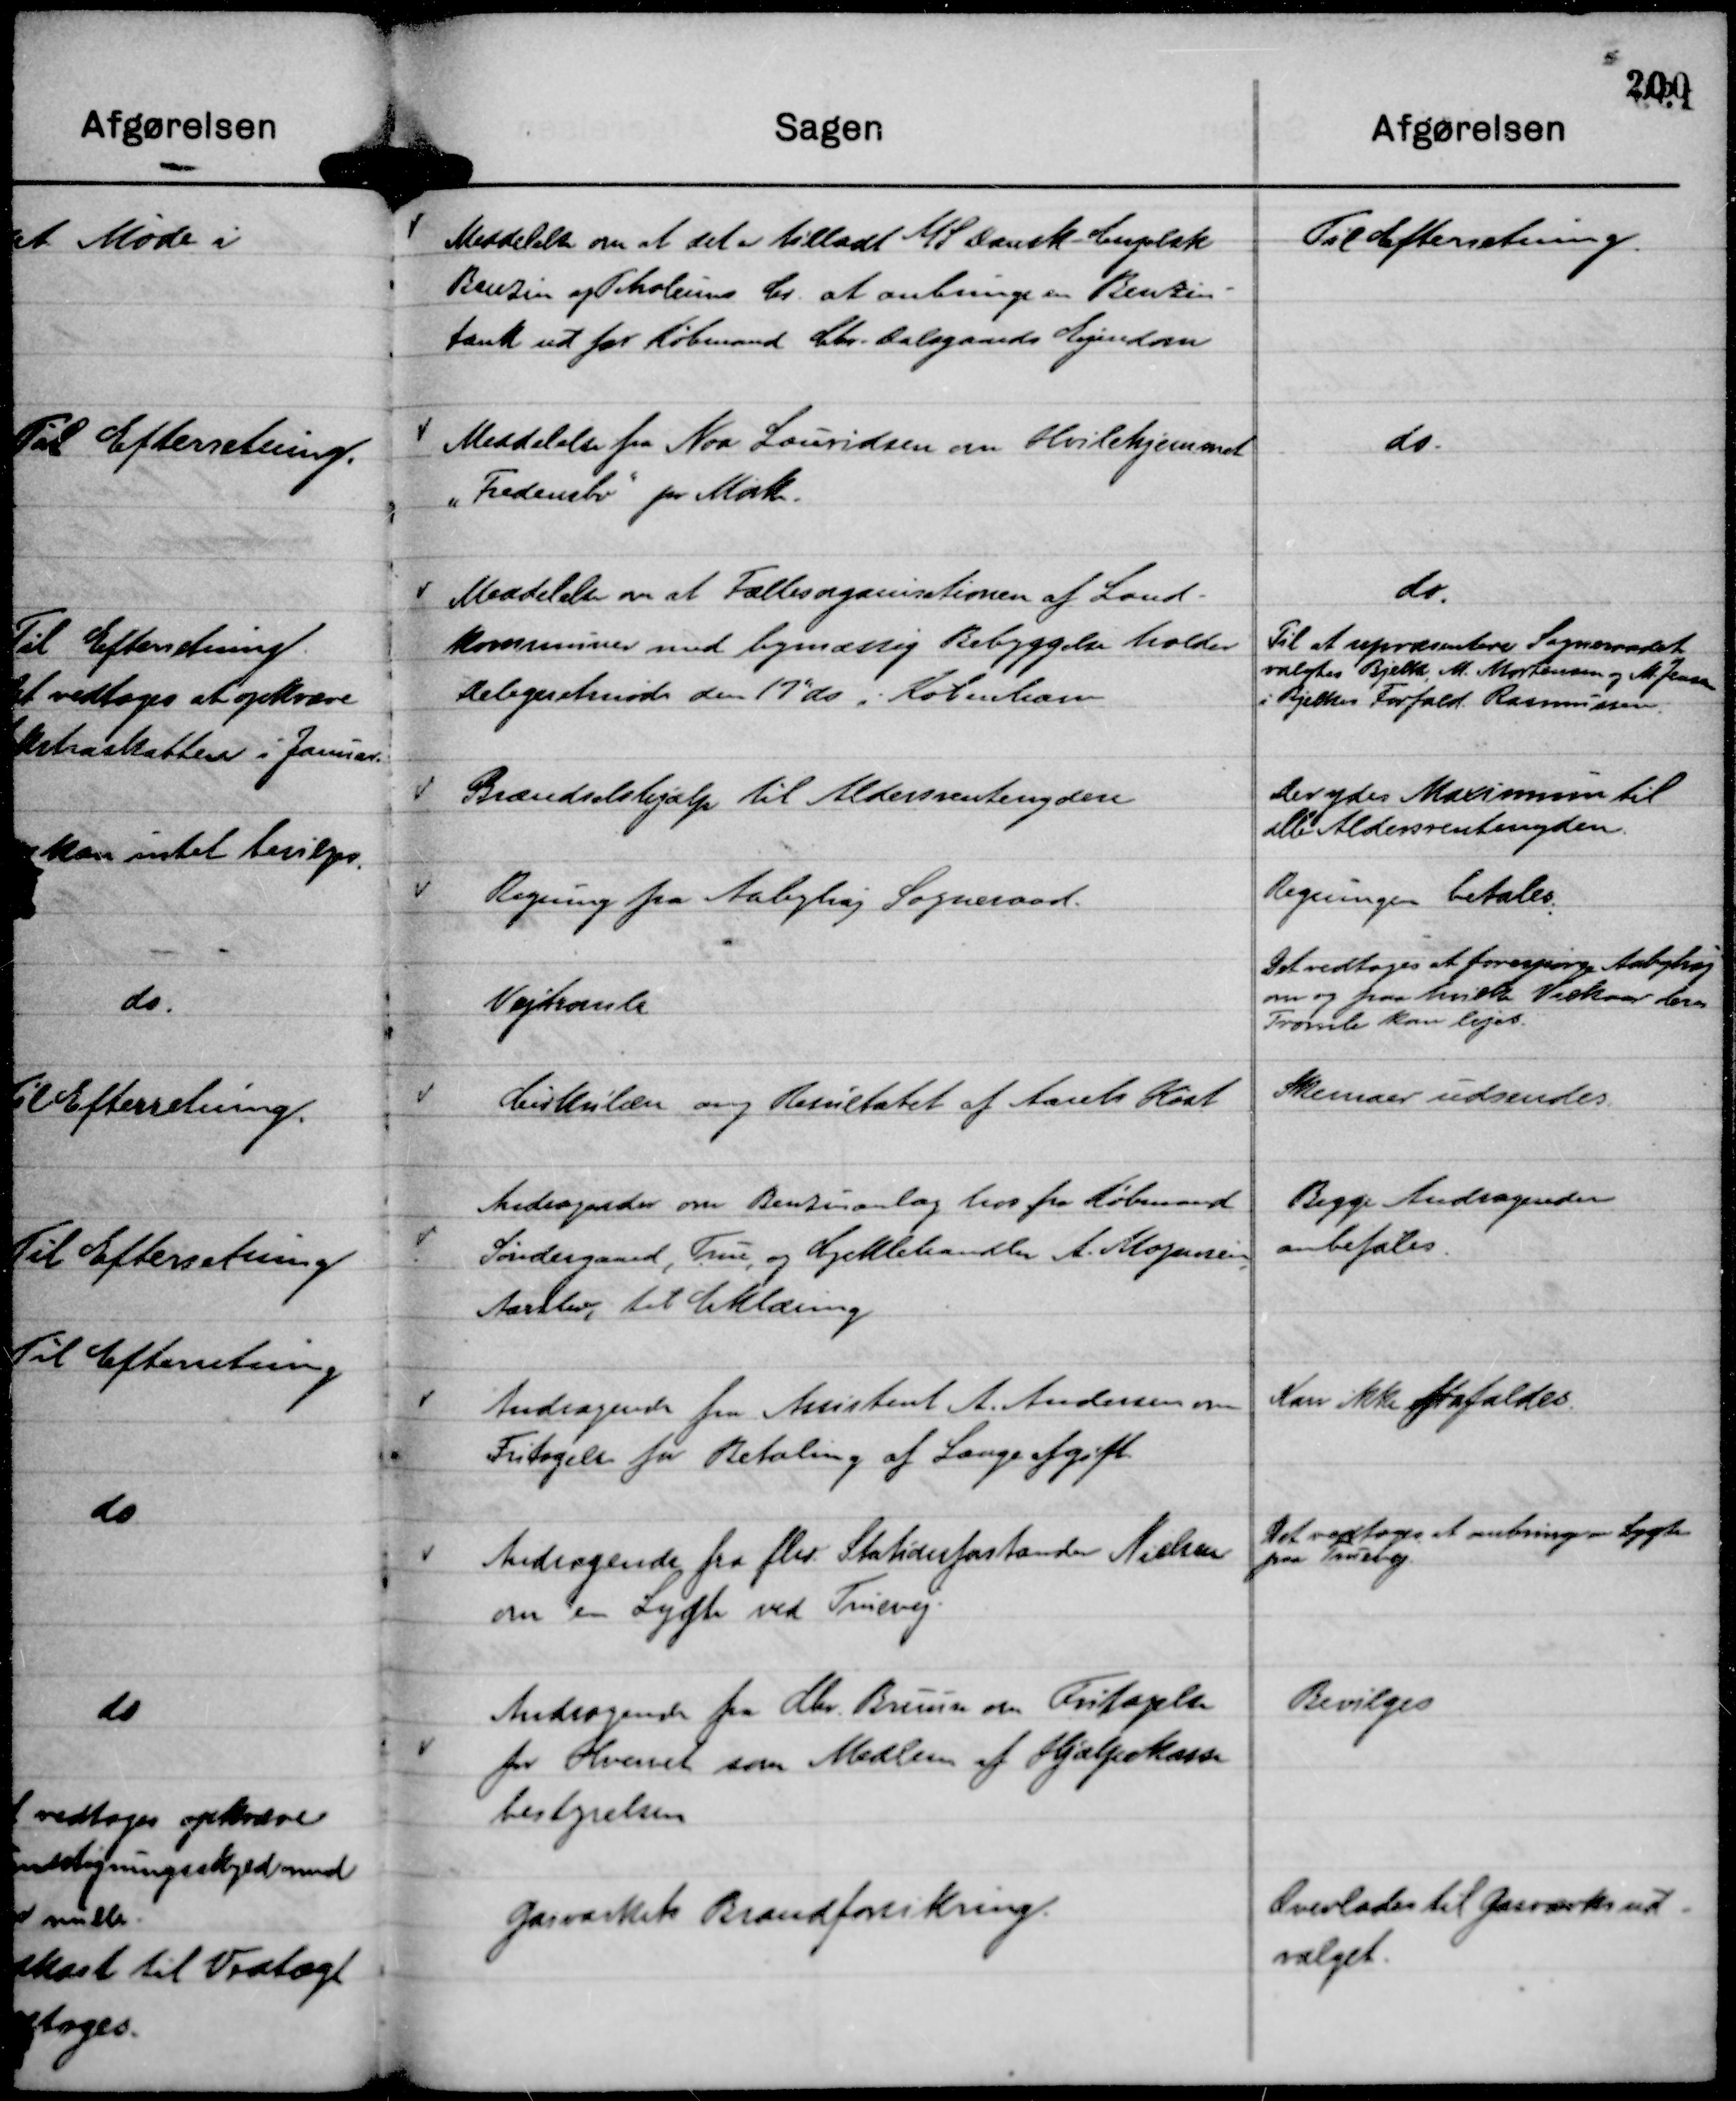
Transskription:
Meddelelse om at det er tilladt A/S Dansk - Engelsk
Benzin og Petroleums Cs. at anbringe en Benzin-
tank ud for Købmand Chr. Dalsgaards Ejendom

Til Efterretning.

Meddelelse fra Noa Lauridsen om Hvilehjemmet
"Fredensbo"

pr Mørke.

do.

Meddelelse om at Fællesorganisationen af Land-
kommuner med bymæssig Bebyggelse holder
Delegeretmøde den 17" ds i København

do.
Til at repræsentere Sogneraadet
valgtes Bjelke, M. Mortensen og M. Jensen
i Bjelkes Forfald Rasmussen.

Brændselshjælp til Aldersrentenydere

Der ydes Maximum til
alle Aldersrentenydere.

Regning fra Aabyhøj Sogneraad.

Regningen betales.

Vejtromle

Det vedtoges at forespørge Aabyhøj
om og paa hvilke Vilkår deres
Tromle kan lejes.

Cirkulære ang Resultatet af Aarets Høst

Skemaer udsendes.

Andragende om Benzinanlæg hos fra Købmand
Søndergaard, True, og Cyklehandler A. Mogensen,
Aarslev, til Erklæring

Begge Andragender
anbefales.

Andragende fra Assistent A. Andersen om
Fritagelse for Betaling af Laugsafgift.

Kan ikke frafaldes.

Andragende fra fhv. Stationsforstander Nielsen
om en Lygte ved Truevej.

Det vedtoges at anbringe en Lygte
paa Truevej.

Andragende fra Chr. Bruun om Fritagelse
for Hvervet som Medlem af Hjælpekasse
bestyrelsen

Bevilges

Gasværkets Brandforsikring.

Overlades til Gasværksud-
valget.